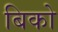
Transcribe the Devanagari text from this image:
बिको